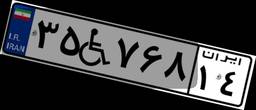
۳۵W۷۶۸۱۴